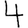
Digit: 4